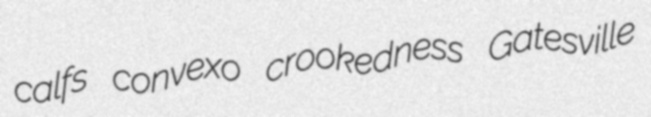
calfs convexo crookedness Gatesville